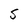
Character: S